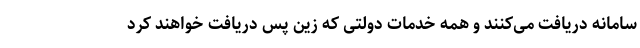
سامانه دریافت می‌کنند و همه خدمات دولتی که زین پس دریافت خواهند کرد